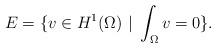
LaTeX: \begin{align*}E=\{v\in H^1(\Omega)\ | \ \int_\Omega v=0\}. \end{align*}